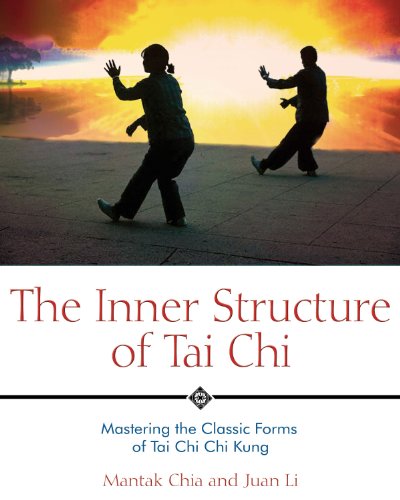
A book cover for The Inner Structure of Tai Chi: Mastering the Classic Forms of Tai Chi Chi Kung; Mantak Chia; Health, Fitness & Dieting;